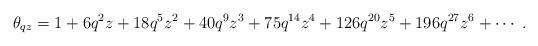
LaTeX: \begin{align*}\theta _{qz}=1+6q^2z+18q^5z^2+40q^9z^3+75q^{14}z^4+126q^{20}z^5+196q^{27}z^6+\cdots ~.\end{align*}